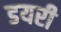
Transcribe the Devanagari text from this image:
डयरी